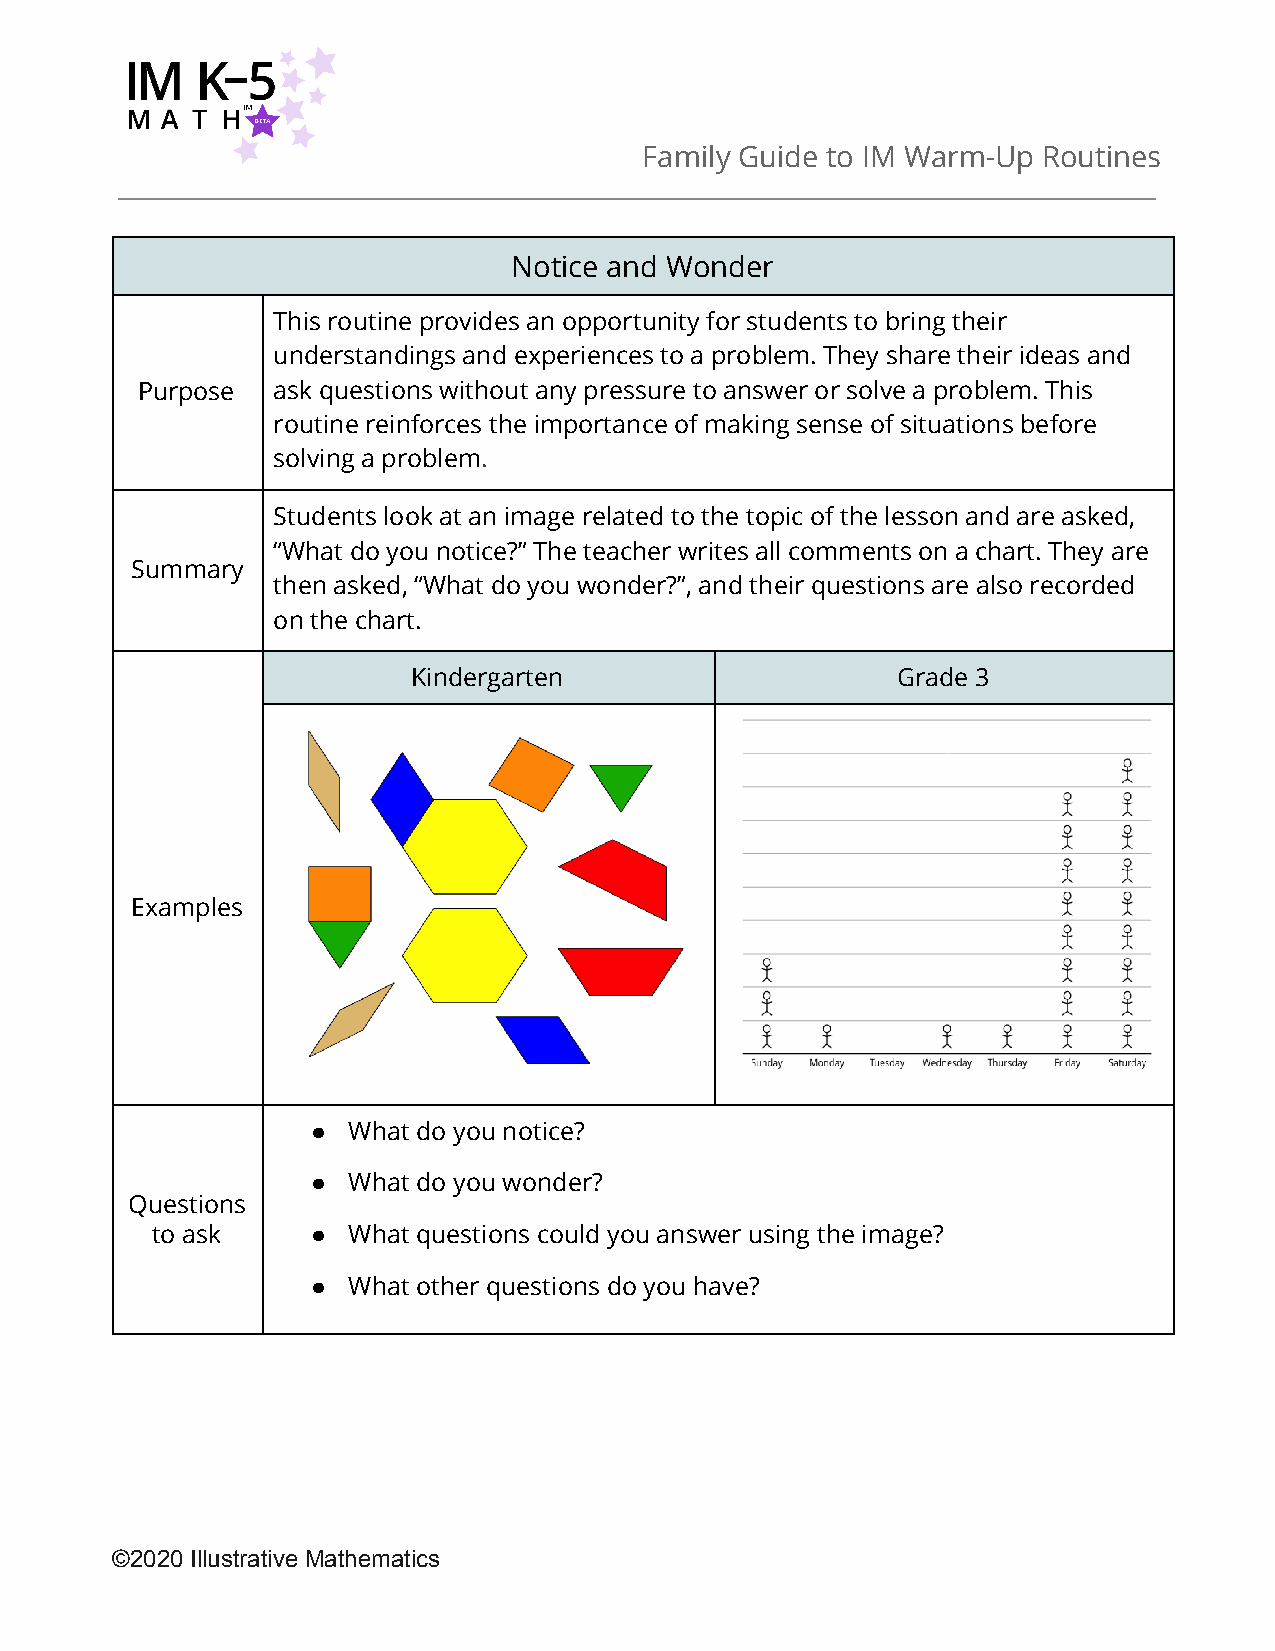
Family Guide to IM Warm-Up Routines
 ​
 Notice and Wonder
 This routine provides an opportunity for students to bring their
 understandings and experiences to a problem. They share their ideas and
 Purpose  ask questions ​ without any pressure to answer or solve a problem. This
 routine reinforces the importance of making sense of situations before
 solving a problem.​
 Students look at an image related to the topic of the lesson and are asked,
 “What do you notice?” The teacher writes all comments on a chart. They are
 Summary
 then asked, “What do you wonder?”, and their questions are also recorded
 on the chart.
 Kindergarten                    Grade 3
 Examples
 ● What do you notice?
 ● What do you wonder?
 Questions
 to ask     ● What questions could you answer using the image?
 ● What other questions do you have?
 ©2020 Illustrative Mathematics